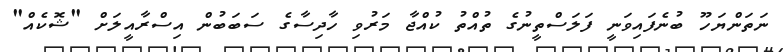
ނަތަންޔަހޫ ބުނެފައިވަނީ ފަލަސްތީނުގެ ތުއްތު ކުއްޖާ މަރުވި ހާދިސާގެ ސަބަބުން އިސްރާއީލަށް "ޝޮކެއް"